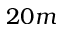
2 0 m